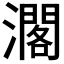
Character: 𤁐